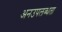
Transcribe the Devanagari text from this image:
अनउपलब्धता